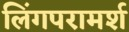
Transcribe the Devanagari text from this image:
लिंगपरामर्श